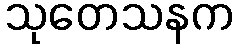
သုတေသနက